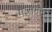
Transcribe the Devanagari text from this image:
गजानन्द